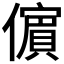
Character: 𭀀